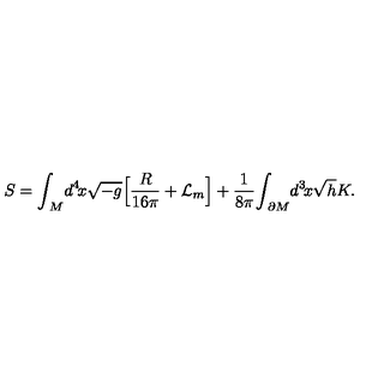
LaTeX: S = { \int } _ { \! \! M } d ^ { 4 } \! x \sqrt { - g } \Big [ { \frac { R } { 1 6 \pi } } + { \cal L } _ { m } \Big ] + \frac { 1 } { 8 { \pi } } { \int } _ { \! \! \partial M } d ^ { 3 } \! x \sqrt { h } K .